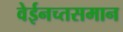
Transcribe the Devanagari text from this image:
वेईनच्तसमान